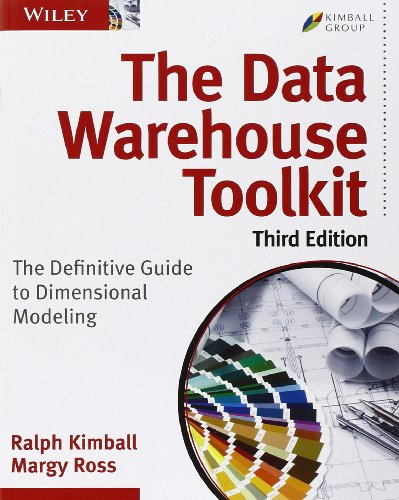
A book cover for The Data Warehouse Toolkit: The Definitive Guide to Dimensional Modeling; Ralph Kimball; Computers & Technology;